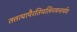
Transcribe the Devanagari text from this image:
तत्तत्पापैरतिमलिनमन्तर्मम